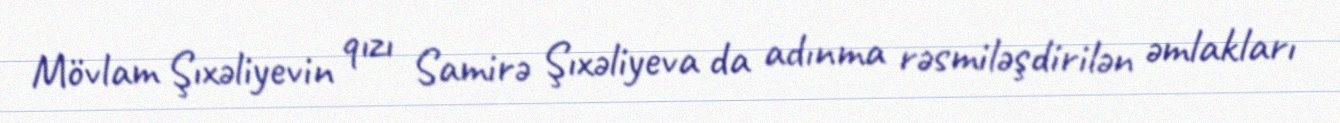
Mövlam Şıxəliyevin qızı Samirə Şıxəliyeva da adınma rəsmiləşdirilən əmlakları